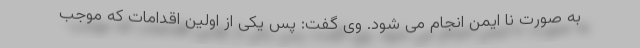
به صورت نا ایمن انجام می شود. وی گفت: پس یکی از اولین اقدامات که موجب